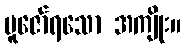
ပူဇော်ရသော အကျိုး။